Lunatic asylums Madras 1892-1911 - 1892-1911
Year: 1892
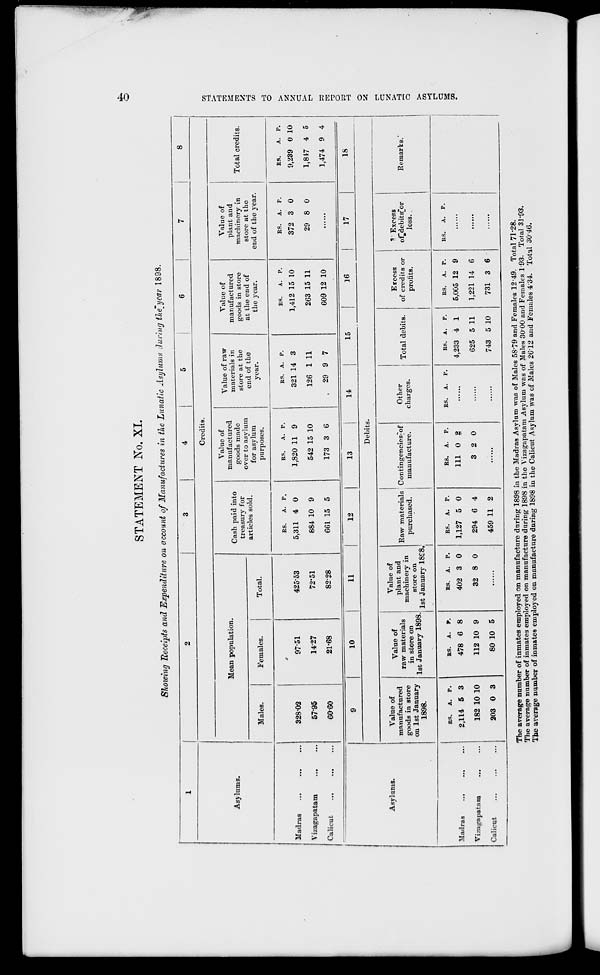
STATEMENT No. XL
©
Showing Receipts and Expenditure on account of Manufactures in the Lunatic Asylums during the"year 1898.
Asylums.
Madras
Vizagapatam
Calicut
Asylums.
Credits.
Mean population.
Males.
Females.
Total.
Cash paid into
treasury for
articles sold.
Value of
manufactured
goods made
over to asylum
for asylum
purposes.
Value of raw
materials in
store at the
end of the
year.
Value of
manufactured
goods in store
at the end of
the year.
Value of
plant and
machinery in
store at the
end of the year.
32802
5795
60-60
9751
1427
21-68
425-53
72*51
8228
RS.
A. P.
5,311 4 0
884 10 9
661 15 5
RS.
A. P.
1,820 11 9
542 15 10
173 3 6
RS. A. P.
321 14 3
126 1 11
29 9 7
RS.
A. P.
1,412 15 10
263 15 11
609 12 10
RS.
A. P.
372 3 0
29 8 0
Total credits.
RS.
A. P.
9,239 0 10
1,817 4 5
1,474 9 4
10
11
12
13
14
15
16
17
18
Debits.
Value of
manufactured
goods in store
on 1st January
1898.
Value of
raw materials
in store on
1st January 1898.
Value of
plant and
machinery in
store on
1st January 18C8,
Raw materials
purchased.
Contingenciesjof
manufacture.
Other
charges.
Total debits.
Excess
of credits or
prolits.
"' Excess
of^debits^or
loss.
Remarks."
OS
r-5
P3
C/2
O
>
d
o
a
Q
>
GO
H
tH
a
GO
Madras
Vizjigapatam
Calicut
RS.
A. P.
2,114 5 3
182 10 10
203 0 3
RS. A. P.
478 6 8
112 10 9
80 10 5
BS. A. P.
402 3 0
32 8 0
RS.
A.
P.
1,127 5 0
294 6 4
459 11 2
RS.
A. P.
Ill 0 2
3 2 0
RS. A. P.
RS. A.
P.
4,233 4 1
625 5 11
743 5 10
RS.
A. P.
5,005 12 9
1,221 14 6
731 3 6
RS.
The average number of inmates employed on manufacture during 1898 in the Madras Asylum was of Males 58'79 and Females 1249. Total 71*28.
The average number of inmates employed on manufacture during 1898 in the Vizagapatam Asylum was of Males 3000 and Females 193. Total 31 - 93.
The average number of inmates employed on manufacture during 1898 in the Calicut Asylum was of Males 2612 and Females 434. Total o0'40.